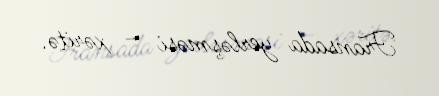
Fransada yerləşməsi – xəritə.